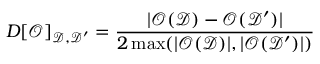
D [ \mathcal { O } ] _ { \mathcal { D } , \mathcal { D ^ { \prime } } } = \frac { | \mathcal { O } ( \mathcal { D } ) - \mathcal { O } ( \mathcal { D ^ { \prime } } ) | } { 2 \operatorname* { m a x } ( | \mathcal { O } ( \mathcal { D } ) | , | \mathcal { O } ( \mathcal { D ^ { \prime } } ) | ) }